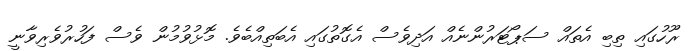
ރޫހުގައި ތިބި އެތައް ސަޕޯޓަރުންނެއް އަދިވެސް އެގޮތުގައި އެބަތިއްބެވެ. މޮޅުވުމުން ވެސް ފަހުރުވެރިވާނީ